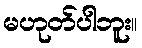
မဟုတ်ပါဘူး။